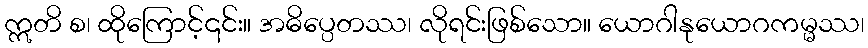
ဣတိ စ၊ ထိုကြောင့်၎င်း။ အဓိပ္ပေတဿ၊ လိုရင်းဖြစ်သော။ ယောဂါနုယောဂကမ္မဿ၊